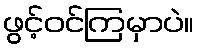
ဖွင့်ဝင်ကြမှာပဲ။